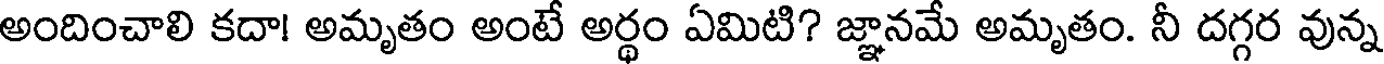
అందించాలి కదా! అమృతం అంటే అర్థం ఏమిటి? జ్ఞానమే అమృతం. నీ దగ్గర వున్న